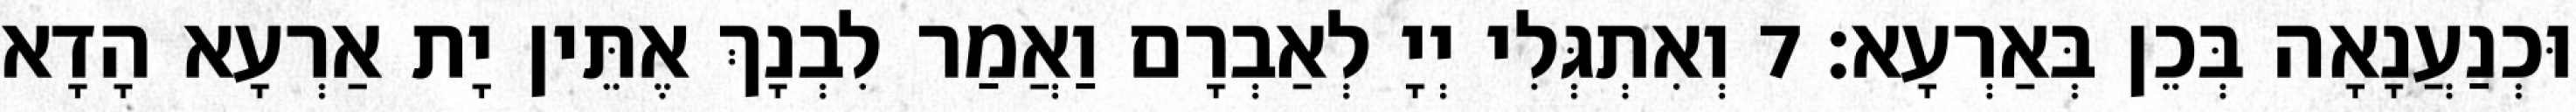
וּכְנַעֲנָאָה בְּכֵן בְּאַרְעָא׃ 7 וְאִתְגְּלִי יְיָ לְאַבְרָם וַאֲמַר לִבְנָךְ אֶתֵּין יָת אַרְעָא הָדָא